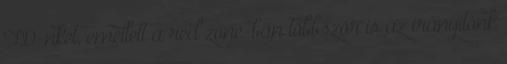
TD-nket, emellett a red zone-ban többször is az irányítónk